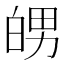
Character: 𤽲